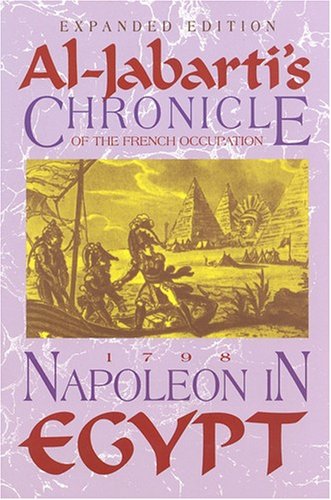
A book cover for Napoleon in Egypt: Al-Jabarti's Chronicle of the French Occupation, 1798; Abd Al-Rahman Jabarti; History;